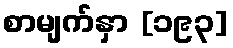
စာမျက်နှာ [၁၉၃]